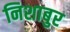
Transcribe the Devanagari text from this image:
निशाबुर